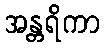
အန္တရိကာ